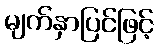
မျက်နှာပြင်ဖြင့်